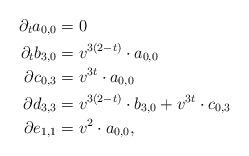
LaTeX: \begin{align*} \partial _ta_{0,0} & =0\\ \partial _tb_{3,0} & = v^{3(2-t)}\cdot a_{0,0} \\ \partial c_{0,3} &= v^{3t}\cdot a_{0,0} \\ \partial d_{3,3} &= v^{3(2-t)} \cdot b_{3,0} + v^{3t}\cdot c_{0,3}\\ \partial e_{1,1} &= v^2\cdot a_{0,0}, \end{align*}